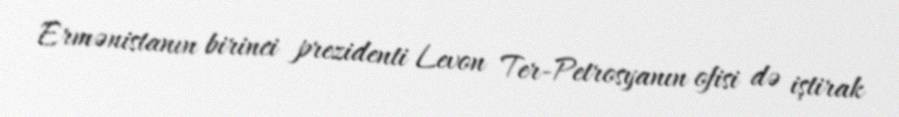
Ermənistanın birinci prezidenti Levon Ter-Petrosyanın ofisi də iştirak